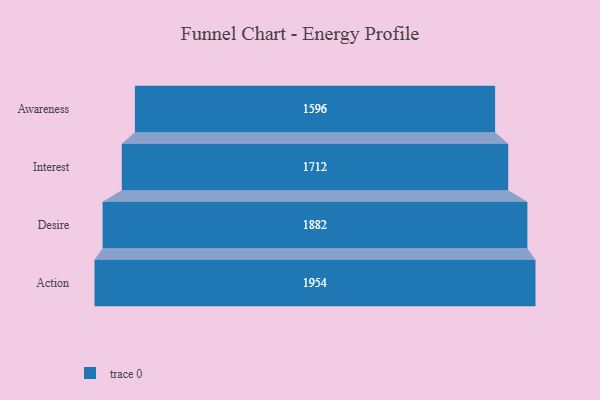
{"axis": {"x": "Stage", "y": "Value"}, "legend": [""], "data": [{"x": "Awareness", "y": 1596.0, "type": ""}, {"x": "Interest", "y": 1712.0, "type": ""}, {"x": "Desire", "y": 1882.0, "type": ""}, {"x": "Action", "y": 1954.0, "type": ""}]}